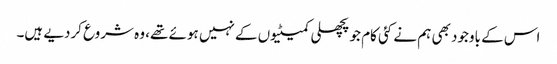
اس کے باوجود بھی ہم نے کئی کام جو پچھلی کمیٹیوں کے نہیں ہوئے تھے، وہ شروع کردیے ہیں۔